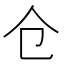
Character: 仓